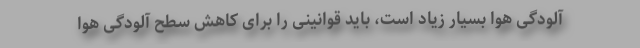
آلودگی هوا بسیار زیاد است، باید قوانینی را برای کاهش سطح آلودگی هوا